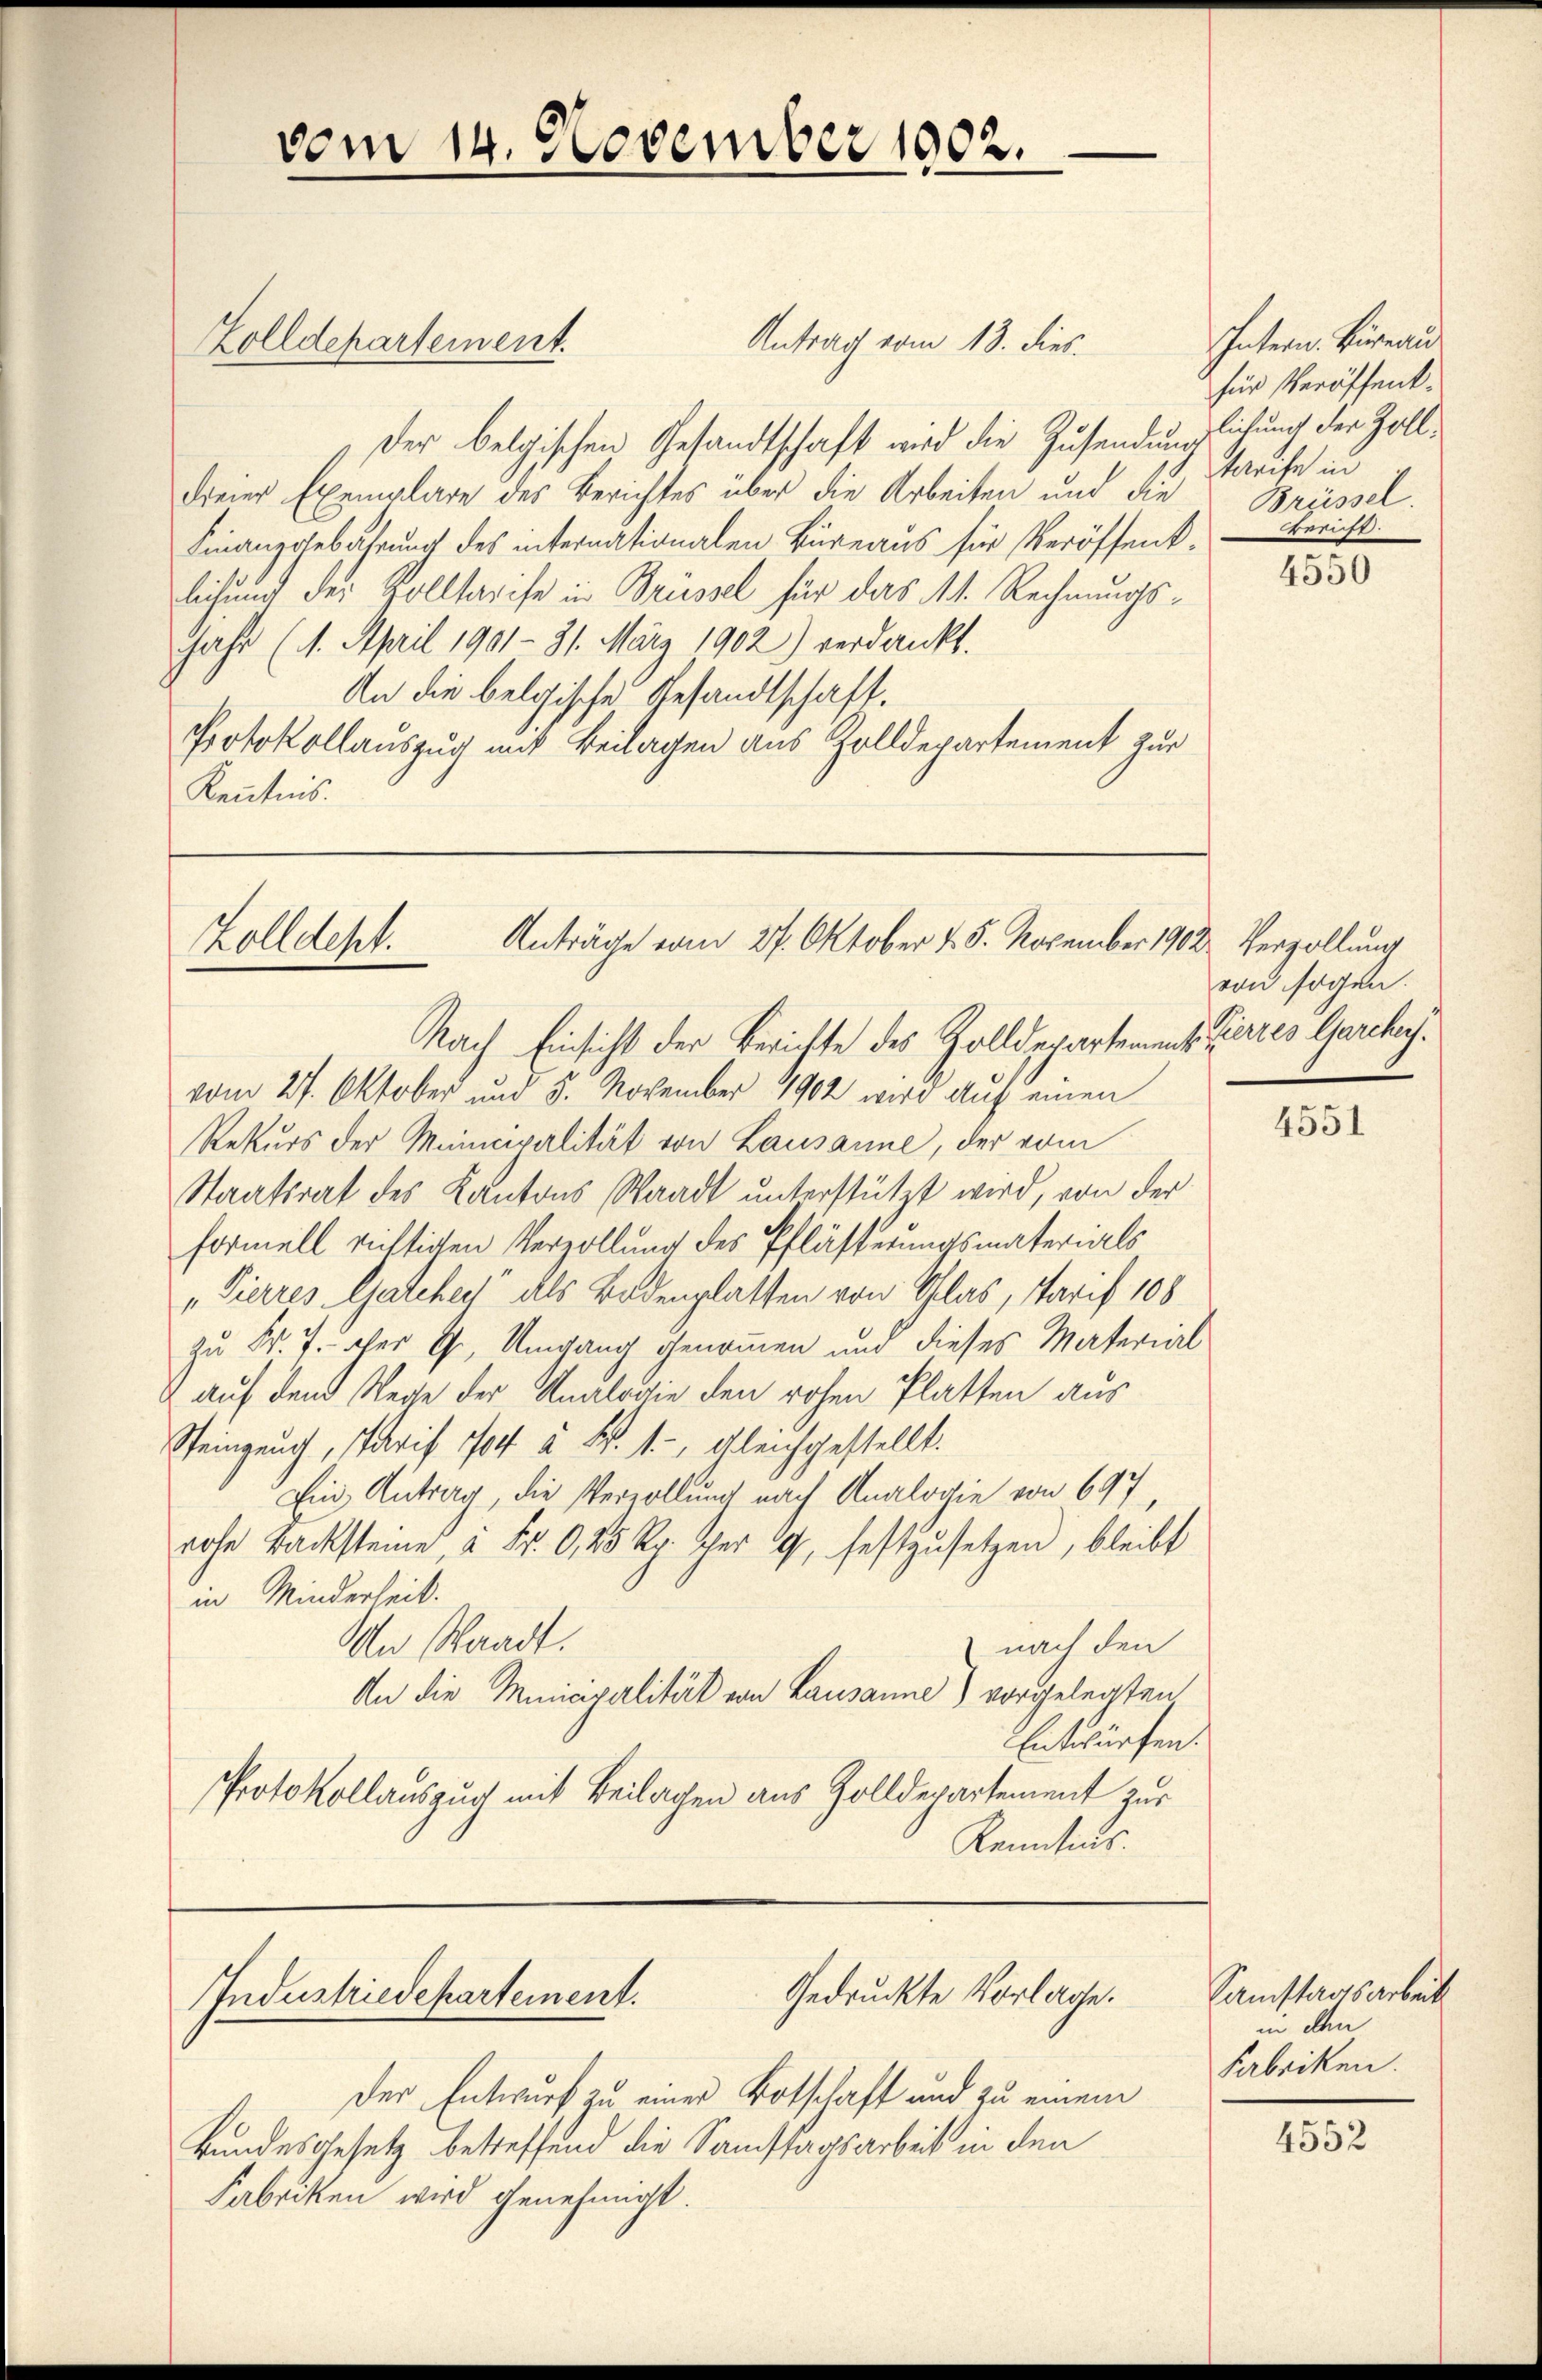
Zolldepartement.

vom 14. November 1902.

Anträge vom 27. Oktober 15. November 1902. Verzollung
Zolldept.

Antrag vom 13. dies
Der belgischen Gesandtschaft wird die Zusendunglichung der Zolldreier Exemplare des Berichtes über die Arbeiten und die
Finanzgebührung des internationalen Bureaus für Veröffent-
leitung der Zolltarife in Brüssel für das 11. Rechnungs¬
Jahr (1. April 1901 - 31. März 1902) verdankt.
An die belgische Gesandtschaft.
Protokollauszug mit Beilagen aus Zolldepartement zur
Kenntnis.

Gedruckte Vorlage.
Industriedepartement.

Der Entwurf zu einer Botschaft und zu einem
Bundesgesetz betreffend die Samstagsarbeit in den
Fabriken wird genehmigt.

Intern. Bureau
für Veröffenttreife in
Brüssel.
Gericht.

Nach Einsicht der Berichte des Zolldepartement Zierres Garche.
vom 27. Oktober und 5. November 1902 wird auf einen
Rekurs der Municipalität von Lausanne, der vom
Staatsrat des Kantons Staadt unterstützt wird, von der
formell richtigen Verzollung des Pflästerungsmaterials
„Pierres Gatchen“ als Bodenplatten von Glas, Tarif 108
zu Fr. 7. der G. Umgang genommen und dieses Material
& auf dem Wege der Analogie den rohen Platten aus
Steingeuch, Paris 1704 à Fr. 1., gleichgestellt.
Ein Antrag, die Vervollung nach Analogie von 697,
rohe Backsteine, à Fr. 0,25 Rp. per 19, festzusetzen, bleibt
in Minderheit.
An Staadt.
nach den
An die Miniavalität von Lausanne) vorgelegten
Entwürfen.
Protokollauszug mit Beilagen aus Zolldepartement zur
Kenntnus.

4550

von sogen.

4551

Samstaatsarbeit
in den
Fabriken.

4552